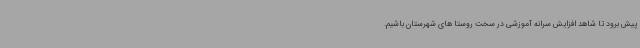
پیش برود تا شاهد افزایش سرانه آموزشی در سخت روستا های شهرستان باشیم.